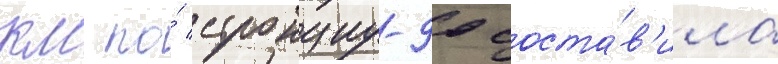
км по́ стронциу-90 соста́в'ила